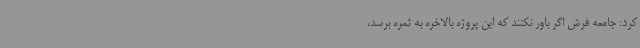
کرد: جامعه فرش اگر باور نکنند که این پروژه بالاخره به ثمره برسد،